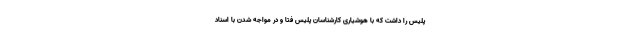
پلیس را داشت که با هوشیاری کارشناسان پلیس فتا و در مواجه شدن با اسناد